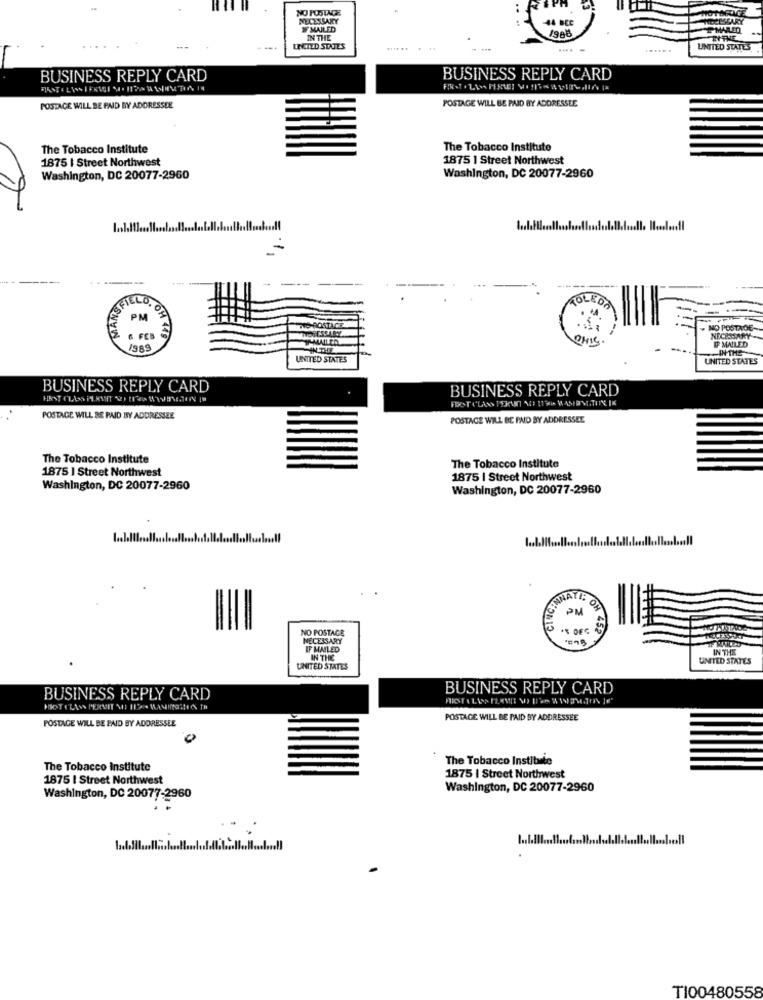
NO POSTAGE
NECESSARY
44 DCC
IF MAILED
PMAILED
IN THE
LINETED STATES
# 11
UNTIED STATES
BUSINESS REPLY CARD
BUSINESS REPLY CARD
POSTAGE WILL BE PAID BY ADDRESSEE
POSTAGE WILL BE PAID BY ADDRESSEE
The Tobacco Institute
The Tobacco Institute
1875 | Street Northwest
1875 1 Street Northwest
Washington, DC 20077-2960
Washington, DC 20077-2960
---
OLE
PM
TO POSTACE
. NO POSTAOE-
& FED
ONIC
NECESSARY-
I MAILED
IN THE
IN THE
UNITED STATES
UNITED STATES
BUSINESS REPLY CARD
HEST CLASS PARMIT SUI WIRD WASHINTON IN
BUSINESS REPLY CARD
POSTAGE WILL BE PAID BY ADDRESSEE
POSTAGE WILL BE PAID BY ADDRESSEE
The Tobacco Institute
1875 1 Street Northwest
The Tobacco Institute
1875 | Street Northwest
Washington, DC 20077-2960
Washington, DC 20077-2960
ANATI:
PM
NO POSTAGE
.5 DEC
NECESSARY
OH 452
IF MAILED
IN THE
IN THE
UNITED STATES
UNITED STATES
BUSINESS REPLY CARD
BUSINESS REPLY CARD
POST (LASS PERMIT NOT 11% WASInaRIEN TH
POSTAGE WILL BE PAID BY ADDRESSEE
POSTAGE WILL BE PAID BY ADDRESSEE
The Tobacco Institute
The Tobacco Institute
1875 | Street Northwest
1875 | Street Northwest
Washington, DC 20077-2960
Washington, DC 20077-2960
1 .. I.III.
TI00480558